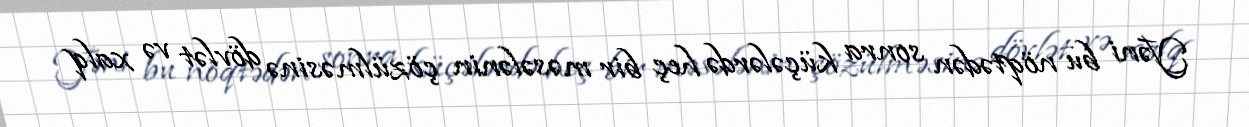
Yəni bu nöqtədən sonra küçələrdə heç bir məsələnin çözülməsinə dövlət və xalq